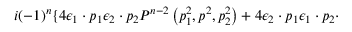
i { \left( - 1 \right) } ^ { n } \lbrace 4 { \epsilon } _ { 1 } \cdot p _ { 1 } { \epsilon } _ { 2 } \cdot p _ { 2 } P ^ { n - 2 } \left( p _ { 1 } ^ { 2 } , p ^ { 2 } , p _ { 2 } ^ { 2 } \right) + 4 { \epsilon } _ { 2 } \cdot p _ { 1 } { \epsilon } _ { 1 } \cdot p _ { 2 } \cdot